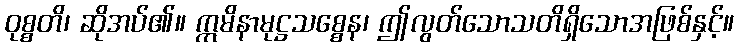
ဝုစ္စတိ၊ ဆိုအပ်၏။ ဣမိနာမုဋ္ဌသစ္စေန၊ ဤလွတ်သောသတိရှိသောအဖြစ်နှင့်။